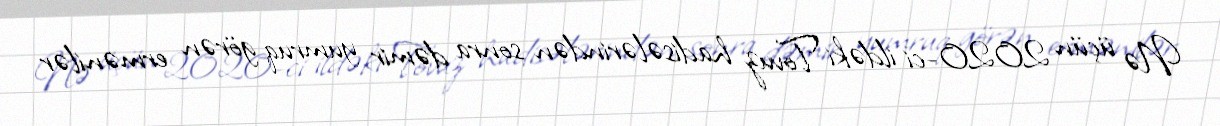
Nə üçün 2020-ci ildəki Tovuz hadisələrindən sonra dəmir yumruq görən ermənilər